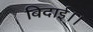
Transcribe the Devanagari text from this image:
बिदाई।।